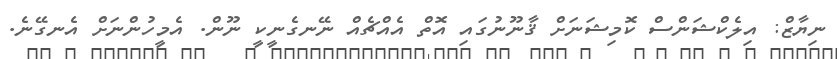
ނިޔާޒް: އިލެކްޝަންސް ކޮމިޝަނަށް ޤާނޫނުގައި އޮތް އެއްޗެއް ނޭނގެނީކީ ނޫން. އެމީހުންނަށް އެނގޭނެ.